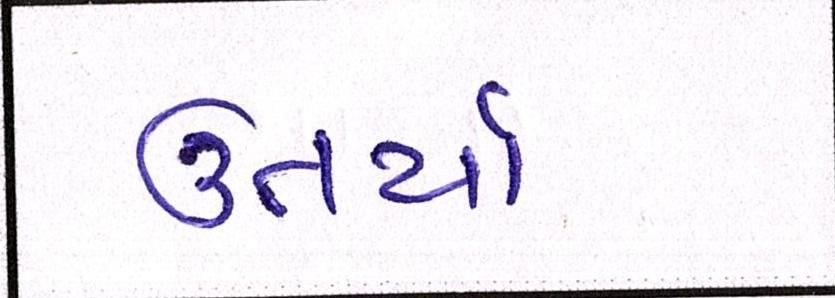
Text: ઉતર્યા